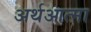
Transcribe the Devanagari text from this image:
अर्थआत्मा